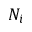
N _ { i }